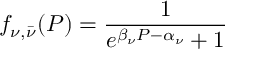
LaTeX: f _ { \nu , \bar { \nu } } ( { \cal P } ) = \frac { 1 } { e ^ { \beta _ { \nu } { \cal P } - \alpha _ { \nu } } + 1 }